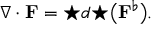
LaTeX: \nabla \cdot { \mathbf { F } } = { \star } d { \star } { \big ( } { \mathbf { F } } ^ { \flat } { \big ) } .